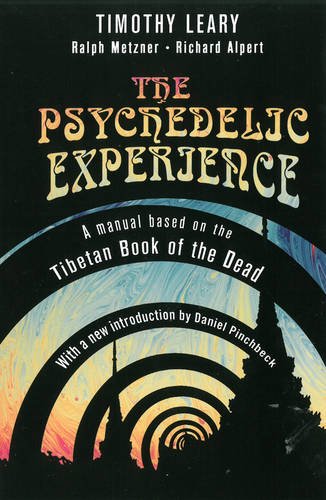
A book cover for The Psychedelic Experience: A Manual Based on the Tibetan Book of the Dead (Citadel Underground); Timothy Leary; Humor & Entertainment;